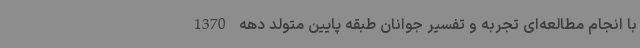
با انجام مطالعه‌ای تجربه و تفسیر جوانان طبقه پایین متولد دهه 1370